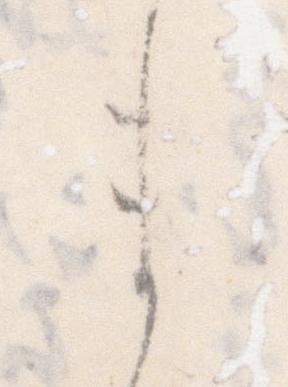
ま